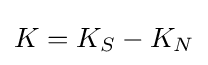
K=K_{S}-K_{N}